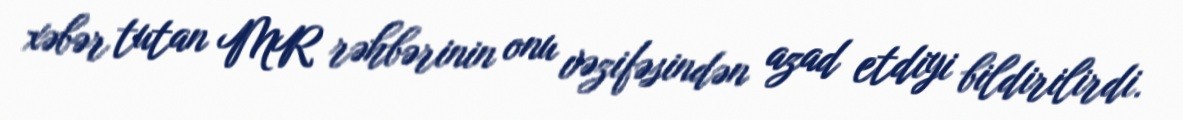
xəbər tutan MR rəhbərinin onu vəzifəsindən azad etdiyi bildirilirdi.